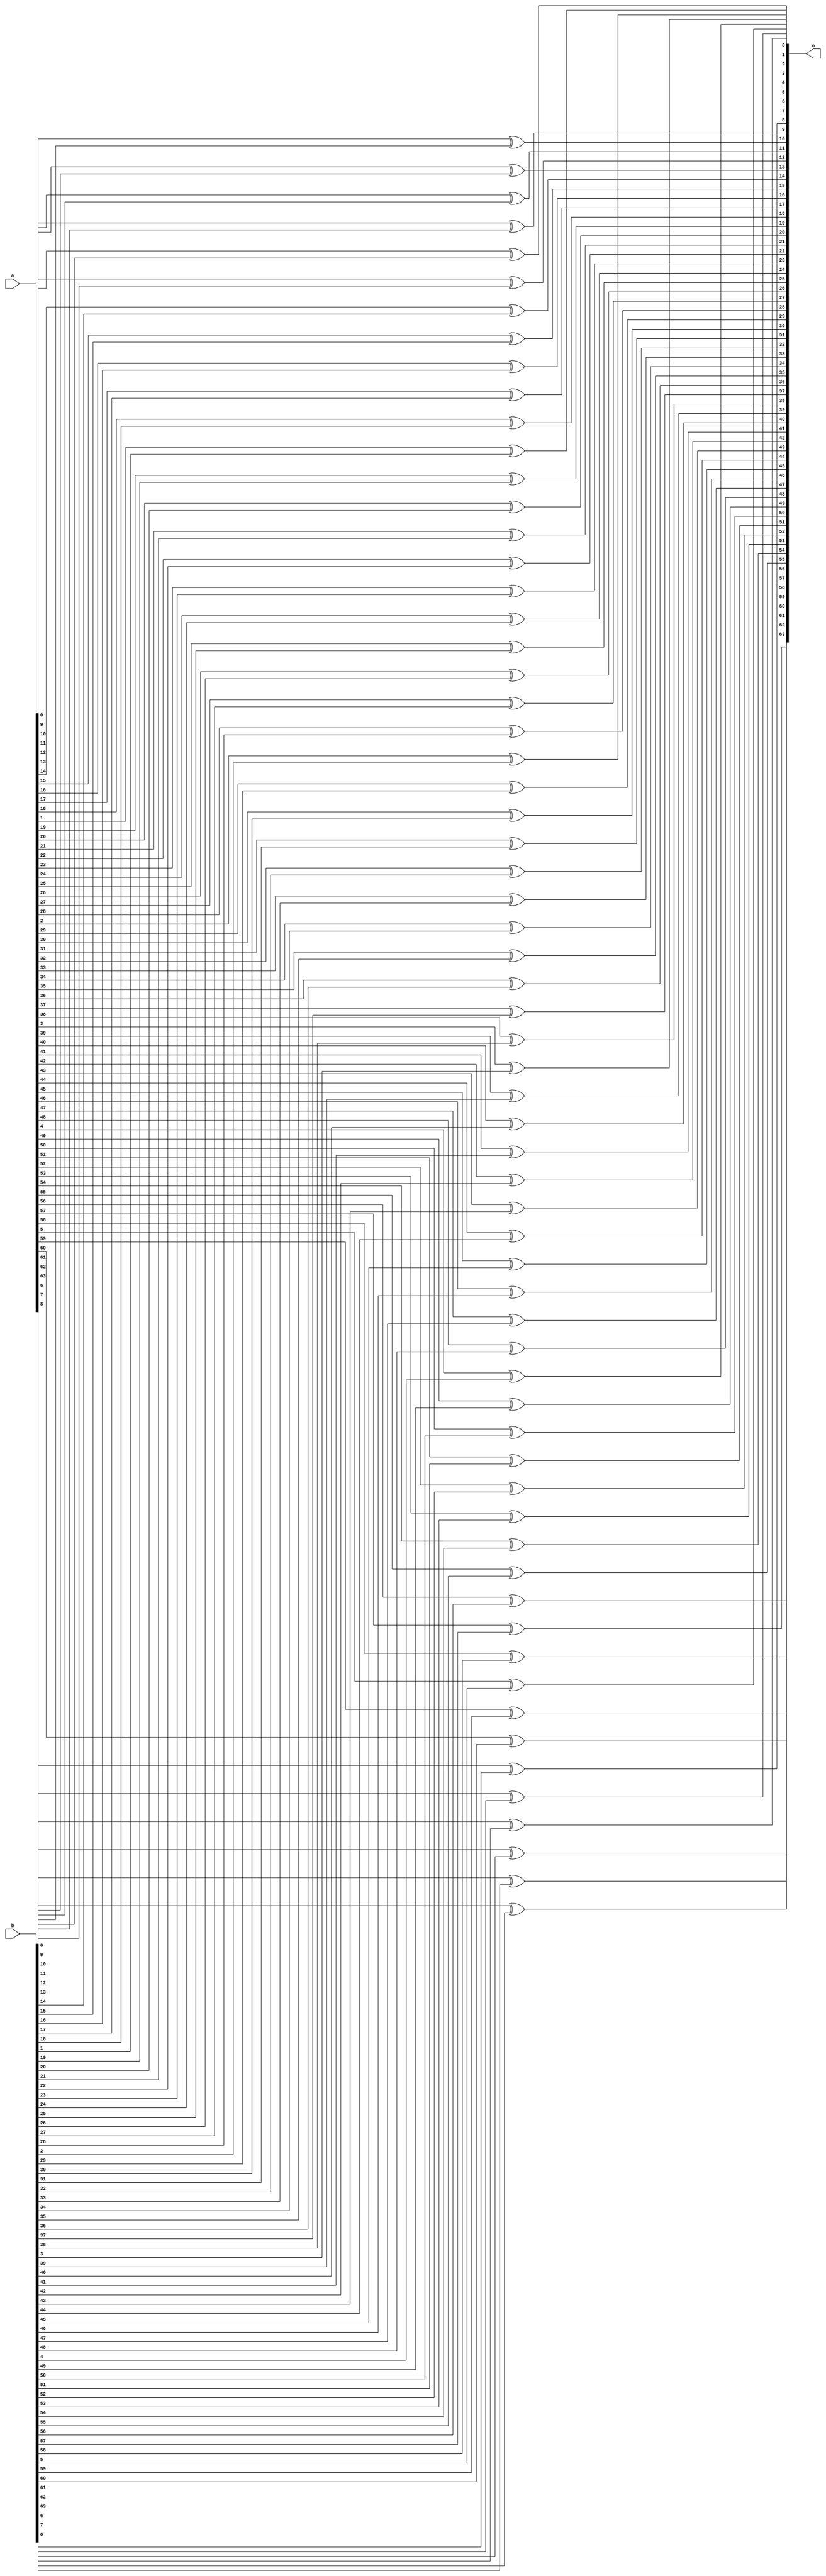
module full_xor (input [63:0] a,b, output [63:0] o);
    
    genvar i;
    for (i = 0; i < 64; i = i+1) begin

       xor (o[i], a[i], b[i]);
    end

endmodule